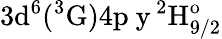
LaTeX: \mathrm{3d^{6}(^{3}G)4p\ y\, ^{2}H_{9/2}^{o}}